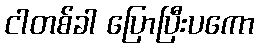
ငါတစ်ခါ ပြောပြီးပကော